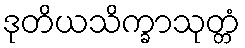
ဒုတိယသိက္ခာသုတ္တံ